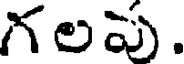
గలపు.